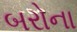
બરોના